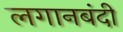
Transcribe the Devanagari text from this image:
लगानबंदी